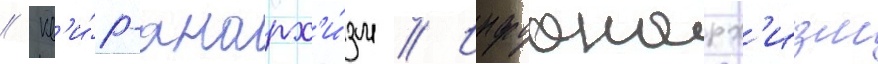
// Кв'и́р-анарх'и́зм // Инфоанарх'изм